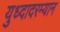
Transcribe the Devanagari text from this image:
युध्दादरम्यान